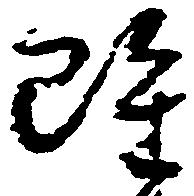
雖